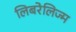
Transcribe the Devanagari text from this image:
लिबरेलिज्म